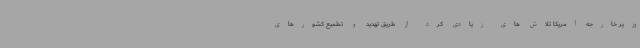
وزیر خارجه آمریکا تلاش های زیادی کرد از طریق تهدید و تطمیع کشورهای